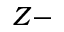
Z -